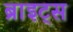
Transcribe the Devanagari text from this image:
ब्राइट्स